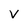
Character: V